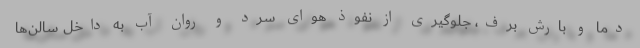
دما و بارش برف، جلوگیری از نفوذ هوای سرد و روان آب به داخل سالن‌ها